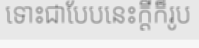
ទោះជាបែបនេះក្តីក៏រូប